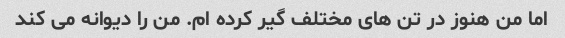
اما من هنوز در تن های مختلف گیر کرده ام. من را دیوانه می کند